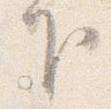
下